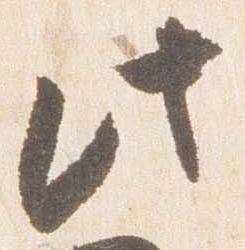
此